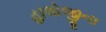
હાલોજીના